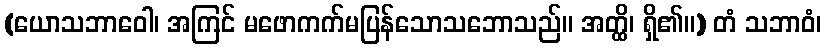
(ယောသဘာဝေါ၊ အကြင် မဖောကက်မပြန်သောသဘောသည်။ အတ္ထိ၊ ရှိ၏။) တံ သဘာဝံ၊